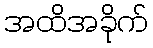
အထိအခိုက်